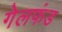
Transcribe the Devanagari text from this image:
गेलफंड